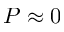
P \approx 0